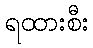
ရထားစီး